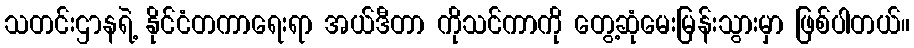
သတင်းဌာနရဲ့ နိုင်ငံတကာရေးရာ အယ်ဒီတာ ကိုသင်ကာကို တွေ့ဆုံမေးမြန်းသွားမှာ ဖြစ်ပါတယ်။